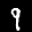
Label: 9